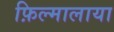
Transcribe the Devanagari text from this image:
फ़िल्मालाया